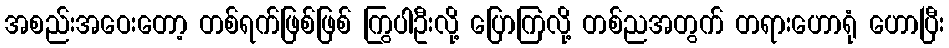
အစည်းအဝေးတော့ တစ်ရက်ဖြစ်ဖြစ် ကြွပါဦးလို့ ပြောကြလို့ တစ်ညအတွက် တရားဟောရုံ ဟောပြီး